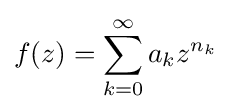
f(z)=\sum _{k=0}^{\infty }a_{k}z^{n_{k}}